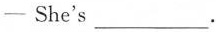
- She's___.